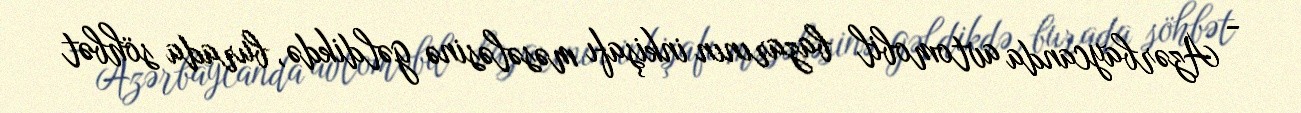
- Azərbaycanda avtomobil bazarının inkişafı məsələsinə gəldikdə, burada söhbət